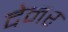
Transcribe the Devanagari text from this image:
देनर